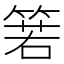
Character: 箬